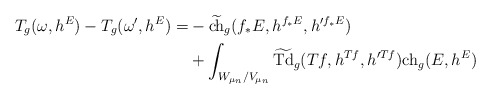
\begin{align*}T_g(\omega,h^E)-T_g(\omega',h^E)=& - \widetilde{{\rm ch}}_g(f_*E,h^{f_*E},h'^{f_*E})\\&+ \int_{W_{\mu_n}/{V_{\mu_n}}}\widetilde{{\rm Td}}_g(Tf,h^{Tf},h'^{Tf}){\rm ch}_g(E,h^E)\end{align*}